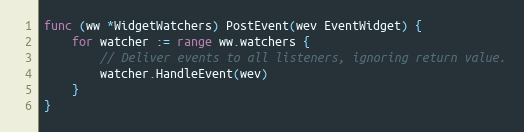
Language: Go
func (ww *WidgetWatchers) PostEvent(wev EventWidget) {
	for watcher := range ww.watchers {
		// Deliver events to all listeners, ignoring return value.
		watcher.HandleEvent(wev)
	}
}